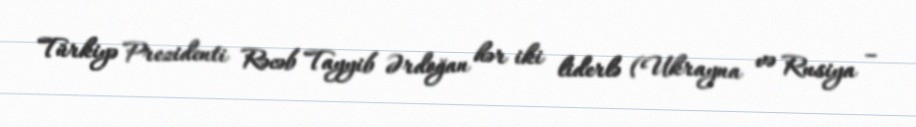
Türkiyə Prezidenti Rəcəb Tayyib Ərdoğan hər iki liderlə (Ukrayna və Rusiya –